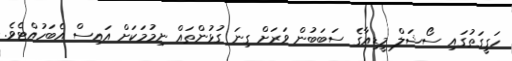
ހަގީގަތުގައި ސޯޝަލް މީޑިއާގެ ސަބަބުން ވަރަށް ގިނަ ގުޅުންތައް ނިމުމަކަށް އައިސް އެބަހުއްޓެވެ.